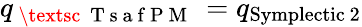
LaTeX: q_{\mathrm{~\textsc~{~T~s~a~f~P~M~}~}}=q_{\mathrm{Symplectic\ 2}}